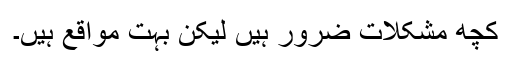
کچھ مشکلات ضرور ہیں لیکن بہت مواقع ہیں۔